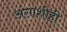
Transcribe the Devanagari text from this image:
अंगाशीही